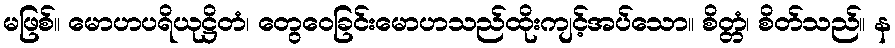
မဖြစ်။ မောဟပရိယုဋ္ဌိတံ၊ တွေဝေခြင်းမောဟသည်ထိုးကျင့်အပ်သော။ စိတ္တံ၊ စိတ်သည်။ န